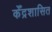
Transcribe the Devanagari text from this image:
केँद्रशासित